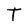
Character: T